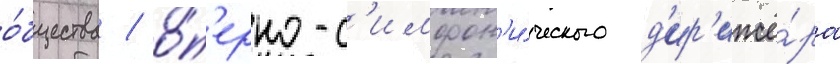
о́бщества / о́п'ерно-с'имфон'и́ческого д'ир'ижё́ра